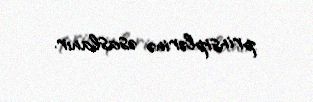
prinsiplərinə əsaslanır.